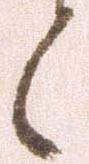
候